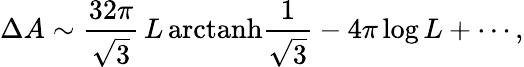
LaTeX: \Delta A\sim\frac{32\pi}{\sqrt{3}}\, L\, {\mathrm{arctanh}}\frac 1{\sqrt{3}}-4\pi\log L+\cdots,